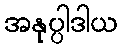
အနုပ္ပါဒါယ